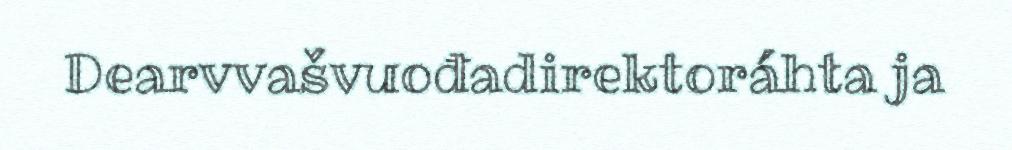
Dearvvašvuođadirektoráhta ja